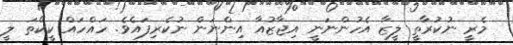
މެރީ ނުކުރާތީ ލީޒާ އެހުންނަނީ އިޖާޒުއާ އިންނަން ނުކެރިފައެވެ. ހައްހައް ކީކޭތަ ލީ